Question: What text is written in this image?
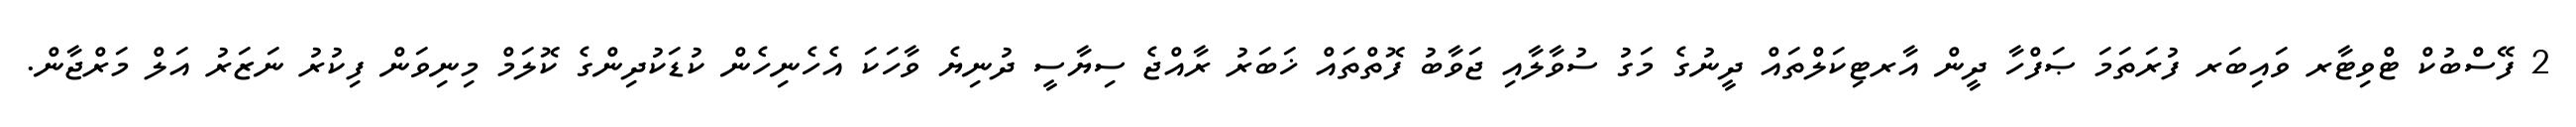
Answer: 2 ފޭސްބުކް ޓްވިޓާރ ވައިބަރ ފުރަތަމަ ޞަފްހާ ދީން އާރޓިކަލްތައް ދީނުގެ މަގު ސުވާލާއި ޖަވާބު ފޮތްތައް ޚަބަރު ރާއްޖެ ސިޔާސީ ދުނިޔެ ވާހަކަ އެހެނިހެން ކުޑަކުދިންގެ ކޮލަމް މިނިވަން ފިކުރު ނަޒަރު އަލް މަރްޖާން.